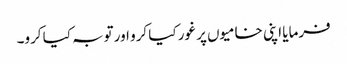
فرمایا اپنی خامیوں پر غور کیا کرو اور توبہ کیا کرو۔